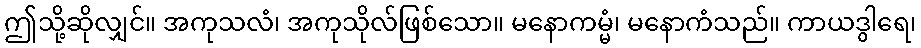
ဤသို့ဆိုလျှင်။ အကုသလံ၊ အကုသိုလ်ဖြစ်သော။ မနောကမ္မံ၊ မနောကံသည်။ ကာယဒွါရေ၊